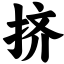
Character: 挤